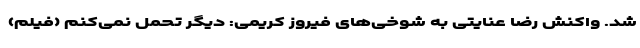
شد. واکنش رضا عنایتی به شوخی‌های فیروز کریمی: دیگر تحمل نمی‌کنم (فیلم)